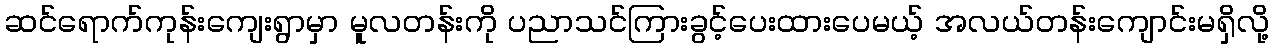
ဆင်ရောက်ကုန်းကျေးရွာမှာ မူလတန်းကို ပညာသင်ကြားခွင့်ပေးထားပေမယ့် အလယ်တန်းကျောင်းမရှိလို့